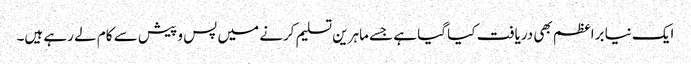
ایک نیا براعظم بھی دریافت کیا گیا ہے جسے ماہرین تسلیم کرنے میں پس و پیش سے کام لے رہے ہیں۔